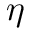
\eta